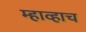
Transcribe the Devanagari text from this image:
म्हाव्हाच